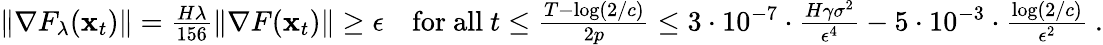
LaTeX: \begin{array}{r}{\| \nabla F_{\lambda}({\mathbf x}_{t})\| =\frac{H\lambda}{156}\| \nabla F({\mathbf x}_{t})\| \ge\epsilon~~~\mathrm{~for~all~}t\le\frac{T-\log(2/c)}{2p}\le 3\cdot 10^{-7}\cdot\frac{H\gamma\sigma^{2}}{\epsilon^{4}}-5\cdot 10^{-3}\cdot\frac{\log(2/c)}{\epsilon^{2}}~.}\end{array}